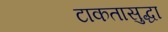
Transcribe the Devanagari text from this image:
टाकतासुद्धा